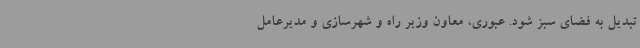
تبدیل به فضای سبز شود. عبوری، معاون وزیر راه و شهرسازی و مدیرعامل